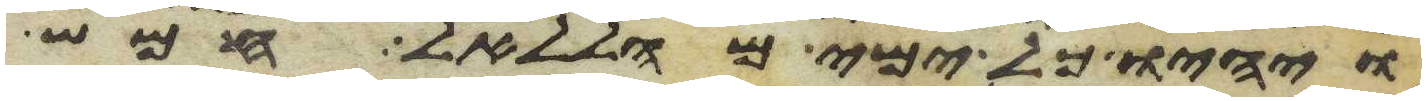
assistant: ויהיו כל ימי מהללאל חמש